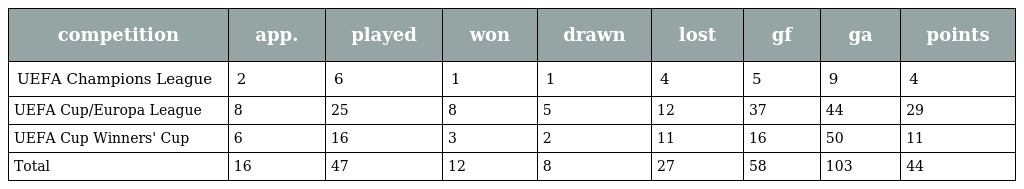
| competition | app. | played | won | drawn | lost | gf | ga | points |
 | --- | --- | --- | --- | --- | --- | --- | --- | --- |
 | UEFA Champions League | 2 | 6 | 1 | 1 | 4 | 5 | 9 | 4 |
 | UEFA Cup/Europa League | 8 | 25 | 8 | 5 | 12 | 37 | 44 | 29 |
 | UEFA Cup Winners' Cup | 6 | 16 | 3 | 2 | 11 | 16 | 50 | 11 |
 | Total | 16 | 47 | 12 | 8 | 27 | 58 | 103 | 44 |